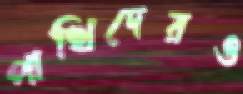
পাখিদেরও